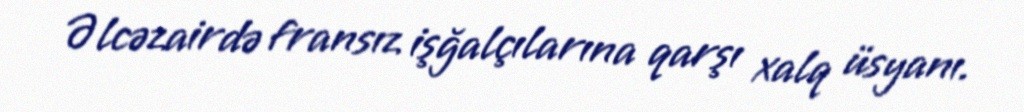
Əlcəzairdə fransız işğalçılarına qarşı xalq üsyanı.